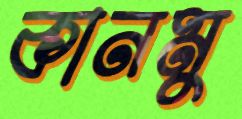
কানমু